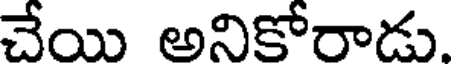
చేయి అనికోరాడు.